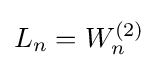
L_{n}=W_{n}^{(2)}